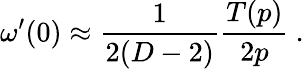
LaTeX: \omega^{\prime}(0)\approx{\frac{1}{2(D-2)}}{\frac{T(p)}{2p}}~.